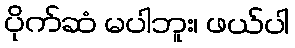
ပိုက်ဆံ မပါဘူး၊ ဖယ်ပါ